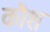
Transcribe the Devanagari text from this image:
कौश